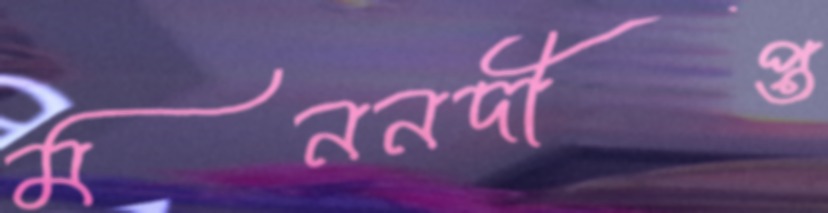
মননদীপ্ত